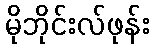
မိုဘိုင်းလ်ဖုန်း